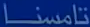
تامسنا